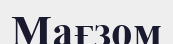
Мағзом